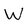
Character: W